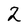
Character: 2